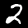
Digit: 2